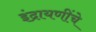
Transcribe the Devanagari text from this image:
इंद्रायणींचे